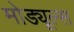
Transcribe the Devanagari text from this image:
मोड्यूल्स